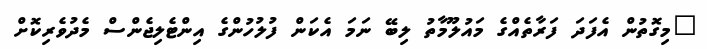
"މިގޮތުން އެފަދަ ފަރާތެއްގެ މައުލޫމާތު ލިބޭ ނަމަ އެކަން ފުލުހުންގެ އިންޓެލިޖެންސް މެދުވެރިކޮށް